Annual returns of the Patna Lunatic Asylum at Bankipore in Bihar and Orissa - 1912-1924
Year: 1912
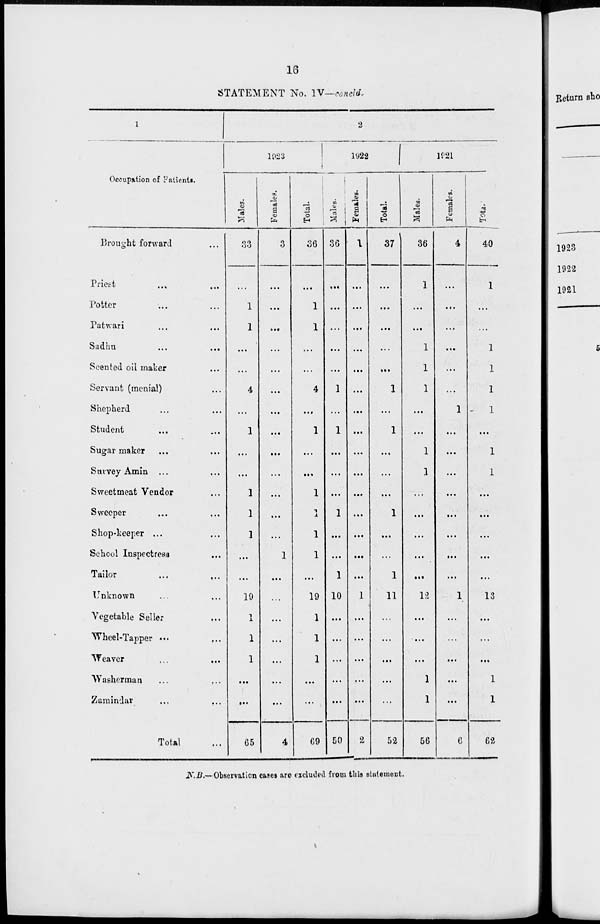
16
STATEMENT No. IV—concld.
1
Occupation of Patients.
Brought forward ...
Priest ... ...
Potter ... ...
Patwari ... ...
Sadhu ... ...
Scented oil maker ...
Servant (menial) ...
Shepherd ... ...
Student ... ...
Sugar maker ... ...
Survey Amin ...
Sweetmeat Vendor
Sweeper ... ...
Shop-keeper ...
School Inspectress
Tailor ... ...
Unknown ... ...
Vegetable Seller ...
Wheel-Tapper ...
Weaver ... ...
Washerman ... ...
Zamindar ... ...
Total ...
2
1923
Males.
33
...
1
1
...
...
4
...
1
...
...
1
1
1
...
...
19
1
1
1
...
...
65
Female.
3
...
...
...
...
...
...
...
...
...
...
...
...
...
1
...
...
...
...
...
...
...
4
Total.
36
...
1
1
...
...
4
...
1
...
...
1
1
1
1
...
19
1
1
1
...
...
69
1922
Males.
36
...
...
...
...
...
1
...
1
...
...
...
1
...
...
1
10
...
...
...
...
...
50
Females.
1
...
...
...
...
...
...
...
...
...
...
...
...
...
...
...
...
...
...
...
...
...
2
Total.
37
...
...
...
...
...
1
...
1
...
...
...
1
...
...
1
11
...
...
...
...
...
52
1921
Males.
36
1
...
...
1
1
1
...
...
1
1
...
...
...
...
...
12
...
...
...
1
1
56
Females.
4
...
...
...
...
...
...
1
...
...
...
...
...
...
...
...
1
...
...
...
...
...
6
Total.
40
1
...
...
1
1
1
1
...
1
1
...
...
...
...
...
13
...
...
...
1
1
62
N.B.—Observation cases are excluded from this statement.